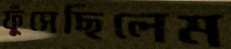
ফুঁসেছিলেম